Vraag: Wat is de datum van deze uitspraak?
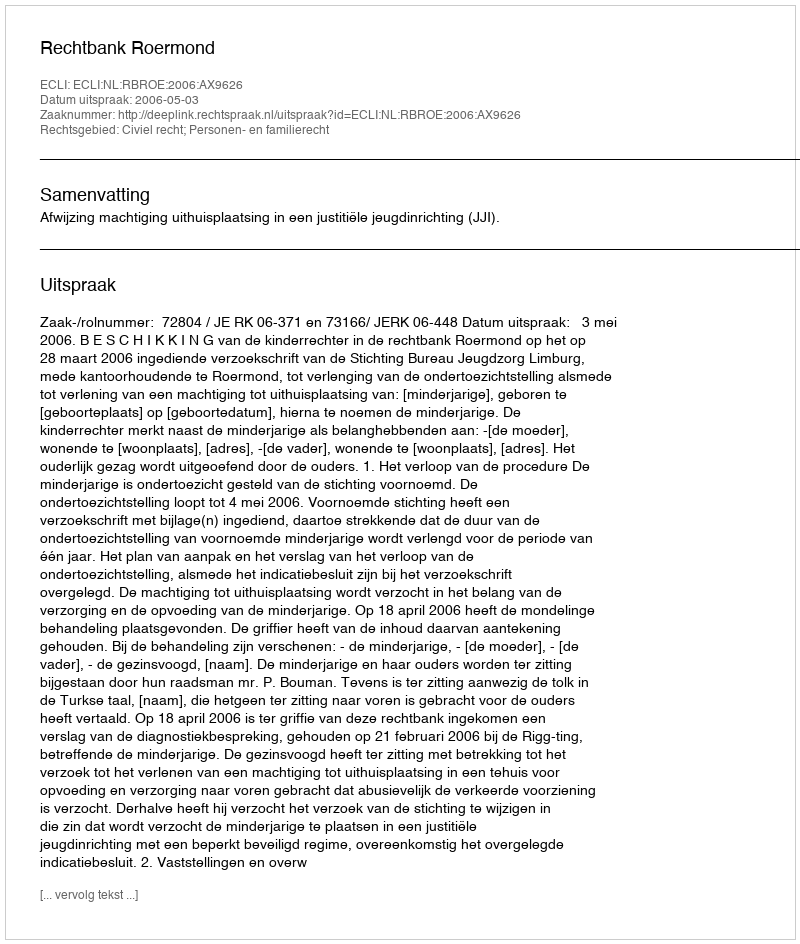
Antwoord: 2006-05-03